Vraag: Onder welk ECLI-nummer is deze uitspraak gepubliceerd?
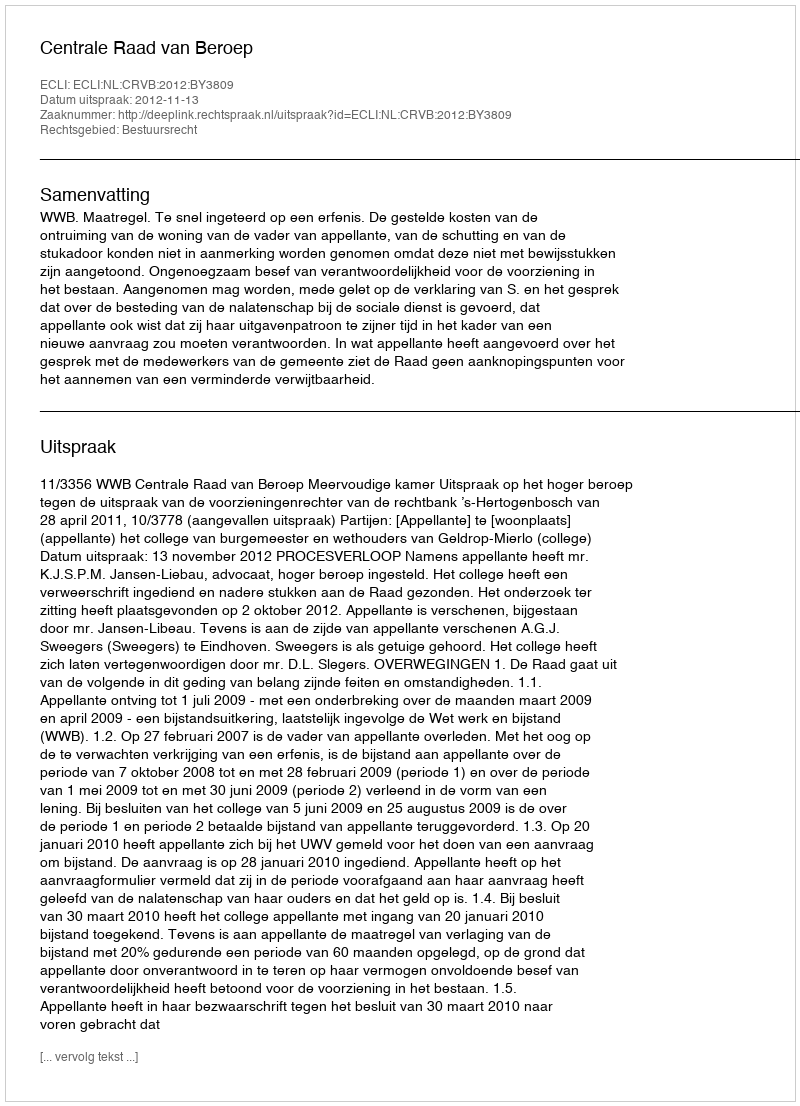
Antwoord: ECLI:NL:CRVB:2012:BY3809